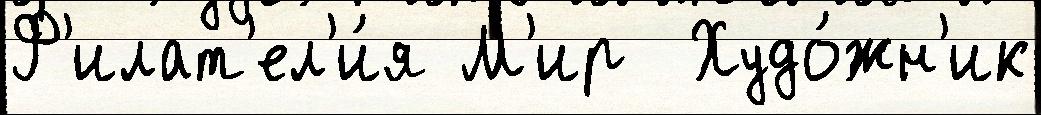
Ф'илат'ел'и́я М'ир  Худо́жн'ик